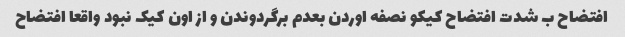
افتضاح ب شدت افتضاح کیکو نصفه اوردن بعدم برگردوندن و از اون کیک نبود واقعا افتضاح